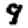
Digit: 9